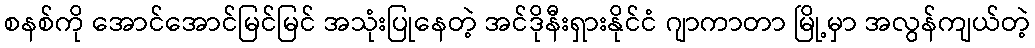
စနစ်ကို အောင်အောင်မြင်မြင် အသုံးပြုနေတဲ့ အင်ဒိုနီးရှားနိုင်ငံ ဂျာကာတာ မြို့မှာ အလွန်ကျယ်တဲ့